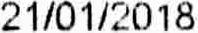
21/01/2018